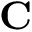
\mathbf { C }